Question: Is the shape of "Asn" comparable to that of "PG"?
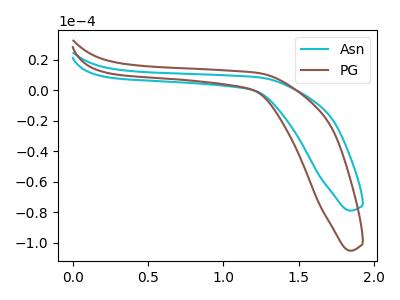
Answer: <think>The cyan curve "Asn" has no peaks. The brown curve "PG" has no peaks.
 Neither "Asn" or "PG" have any peaks.</think>
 <answer>"Asn" and "PG" are similar in shape.</answer>
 <eval>same_shape</eval>